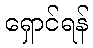
ရှောင်ရန်